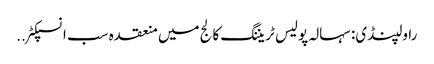
راولپنڈی: سہالہ پولیس ٹریننگ کالج میں منعقدہ سب انسپکٹر ..